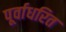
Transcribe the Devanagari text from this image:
पूर्वाधरित